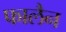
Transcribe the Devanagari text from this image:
फालैन